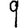
Digit: 9